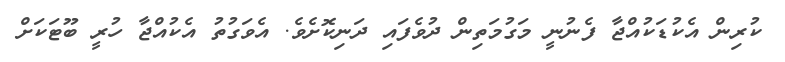
ކުރިން އެކުޑަކުއްޖާ ފެނުނީ މަގުމަތިން ދުވެފައި ދަނިކޮށެވެ. އެވަގުތު އެކުއްޖާ ހުރީ ބޫޓަކަށް